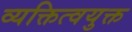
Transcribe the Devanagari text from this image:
व्यक्तित्वयुक्त